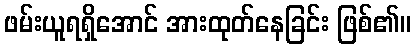
ဖမ်းယူရရှိအောင် အားထုတ်နေခြင်း ဖြစ်၏။